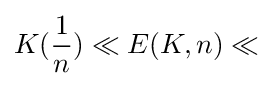
K({\frac {1}{n}})\ll E(K,n)\ll